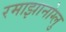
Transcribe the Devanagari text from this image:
रमाझानोग्लु